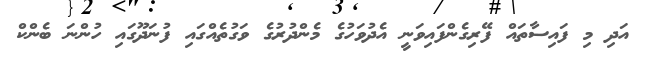
އަދި މި ފައިސާތައް ފޭރިގެންފައިވަނީ އެދުވަހުގެ މެންދުރުގެ ވަގުތެއްގައި ފުނަދޫގައި ހުންނަ ބެންކް